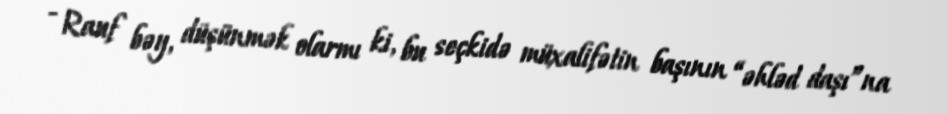
- Rauf bəy, düşünmək olarmı ki, bu seçkidə müxalifətin başının “əhləd daşı”na